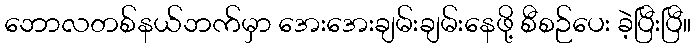
ဘောလတစ်နယ်ဘက်မှာ အေးအေးချမ်းချမ်းနေဖို့ စီစဉ်ပေး ခဲ့ပြီးပြီ။